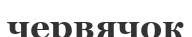
червячок